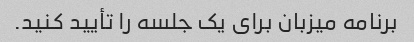
برنامه میزبان برای یک جلسه را تأیید کنید.